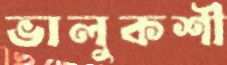
ভালুকশী